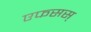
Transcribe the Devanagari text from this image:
एफसस्